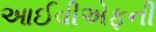
આઈવીએફની